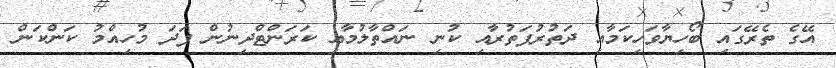
އޭގެ ތެރޭގައި ބޯހިޔާވަހިކަމާއިި ދަތުރުފަތުރާއި ކުނި ނައްތާލުމާއި ކަރަންޓްދިނުން ފަދަ މުހިއްމު ކަންކަން